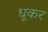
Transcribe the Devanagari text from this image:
धूकर